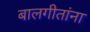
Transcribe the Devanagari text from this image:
बालगीतांना